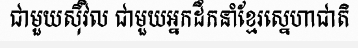
ជាមួយស៊ីវិល ជាមួយអ្នកដឹកនាំខ្មែរស្នេហាជាតិ